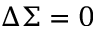
\Delta \Sigma = 0